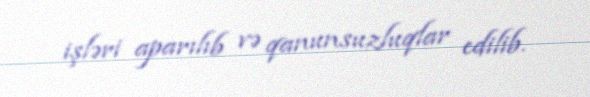
işləri aparılıb və qanunsuzluqlar edilib.